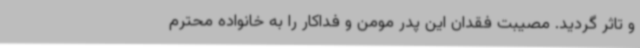
و تاثر گردید. مصیبت فقدان این پدر مومن و فداکار را به خانواده محترم